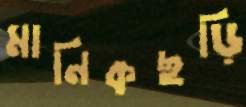
মানিকছড়ি